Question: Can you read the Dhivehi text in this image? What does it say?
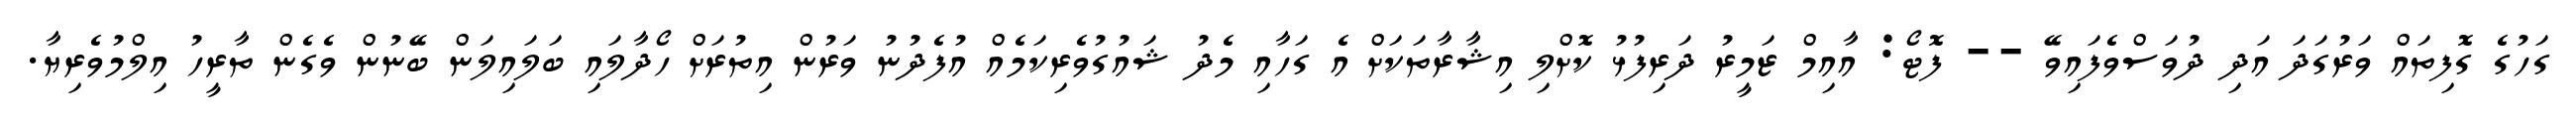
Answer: ގަހުގެ ގޮފިތައް ވަރުގަދަ އަދި ދުވަސްވެފައިވޭ -- ފޮޓޯ: އާއިމް ޒަމީރު ދަރިފުޅު ކޮށްލި އިޝާރާތަކަށް އެ ގަހާއި މެދު ޝައުގުވެރިކަމެއް އުފެދުނު ވަރުން އިތުރަށް ހޯދާލައި ބަލައިލަން ބޭނުން ވެގެން ތާރީހު އިލްމުވެރިޔާ.